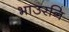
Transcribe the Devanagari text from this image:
भाउरनि